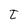
Character: t